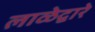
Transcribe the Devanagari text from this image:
लाळेद्वारे